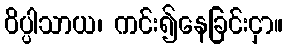
ဝိပ္ပါသာယ၊ ကင်း၍နေခြင်းငှာ။